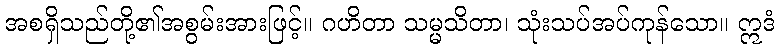
အစရှိသည်တို့၏အစွမ်းအားဖြင့်။ ဂဟိတာ သမ္မသိတာ၊ သုံးသပ်အပ်ကုန်သော။ ဣဒံ